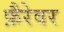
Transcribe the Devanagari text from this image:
फ़ैरेवर